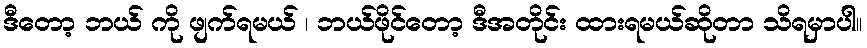
ဒီတော့ ဘယ် ကို ဖျက်ရမယ် ၊ ဘယ်ဖိုင်တော့ ဒီအတိုင်း ထားရမယ်ဆိုတာ သိရမှာပါ။